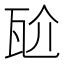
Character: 𭺝